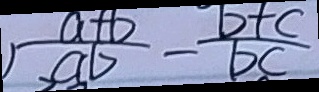
1 \frac { a + b } { a b } - \frac { b + c } { b c }